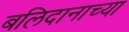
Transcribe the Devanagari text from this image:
बलिदानाच्या